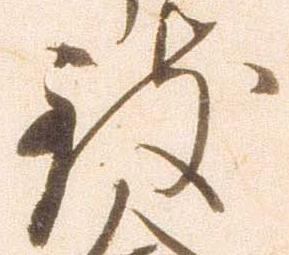
致